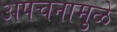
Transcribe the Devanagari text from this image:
अपचनामुळे